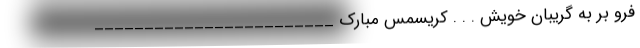
فرو بر به گریبان خویش . . . کریسمس مبارک ________________________